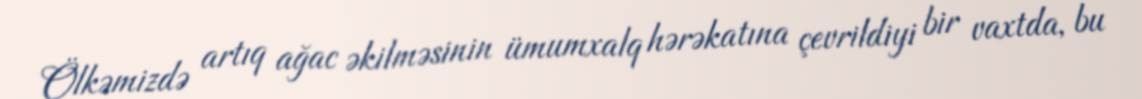
Ölkəmizdə artıq ağac əkilməsinin ümumxalq hərəkatına çevrildiyi bir vaxtda, bu